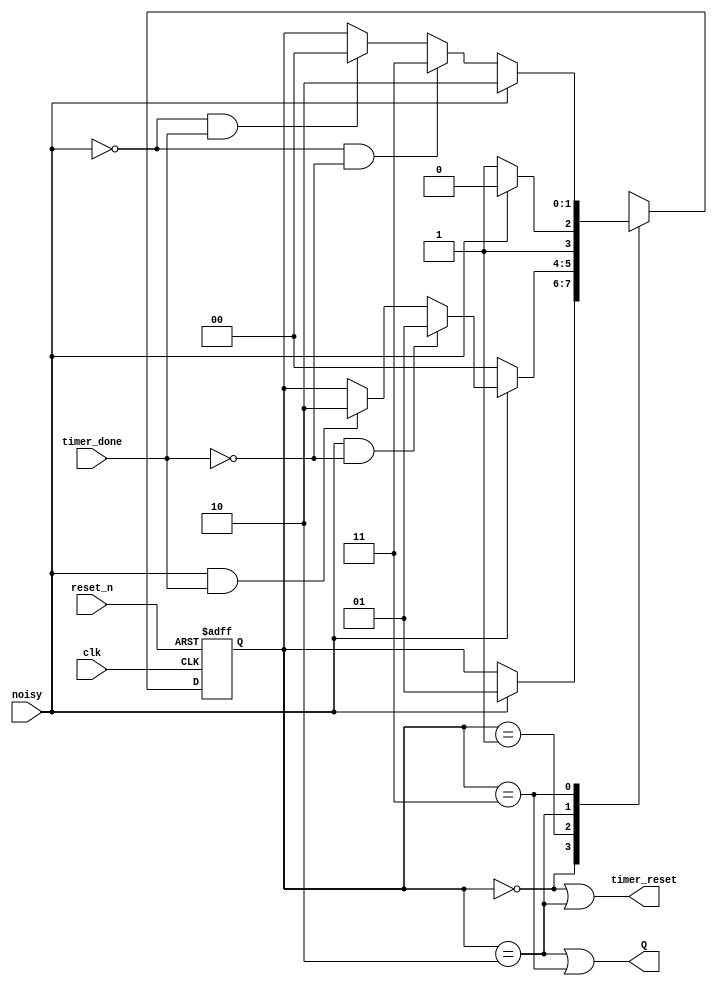
`timescale 1ns / 1ps
//////////////////////////////////////////////////////////////////////////////////
// Company: 
// Engineer: 
// 
// Design Name: 
// Module Name: deboucer
// Project Name: 
// Target Devices: 
// Tool Versions: 
// Description: 
// 
// Dependencies: 
// 
// Revision:
// Revision 0.01 - File Created
// Additional Comments:
// 
//////////////////////////////////////////////////////////////////////////////////


module deboucer(
    input clk,
    input timer_done,
    input noisy,
    input reset_n,
    output Q,
    output timer_reset
    );
    reg [1:0]s_reg,s_next;
    parameter s0 = 2'b00, s1 = 2'b01 ,s2 = 2'b10 , s3 = 2'b11;
    always @(negedge reset_n,posedge clk)
    begin
        if(!reset_n)
            s_reg <= 'b0;
        else
            s_reg <= s_next;
    end
    
    //next state logic
    always @(*)
    begin
        s_next = s_reg;
        case(s_reg)
            s0:
                if(!noisy)
                    s_next = s_reg;
                else if(noisy)
                    s_next = s1;
            s1:
                if(!noisy)
                    s_next = s0;
                else if(noisy & (!timer_done))
                    s_next = s1;
                else if(noisy & timer_done)
                    s_next = s2;
            s2:
                if(!noisy)
                    s_next = s3;
                else if(noisy)
                    s_next = s2;
            s3:
                if(noisy)
                    s_next = s2;
                else if(!noisy & !timer_done)
                    s_next = s3;
                else if(!noisy & timer_done)
                    s_next = s0;
             default:
                s_next = s0;
        endcase
    end
      assign Q = ((s_reg == s2) | (s_reg == s3));
      assign timer_reset = ((s_reg == s0) | (s_reg == s2));
    
    
endmodule